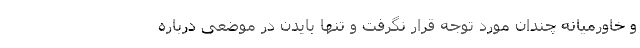
و خاورمیانه چندان مورد توجه قرار نگرفت و تنها بایدن در موضعی درباره